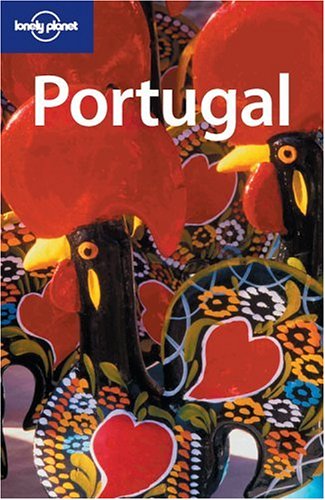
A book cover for Lonely Planet Portugal; Charlotte Beech; Travel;